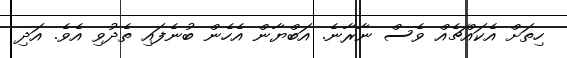
ހިތަށް އެކައްޗެއް ވެސް ނާރާނެ. އަބްޔާން އެހެން ބުނެފައި ތެދުވި އެވެ. އަދި